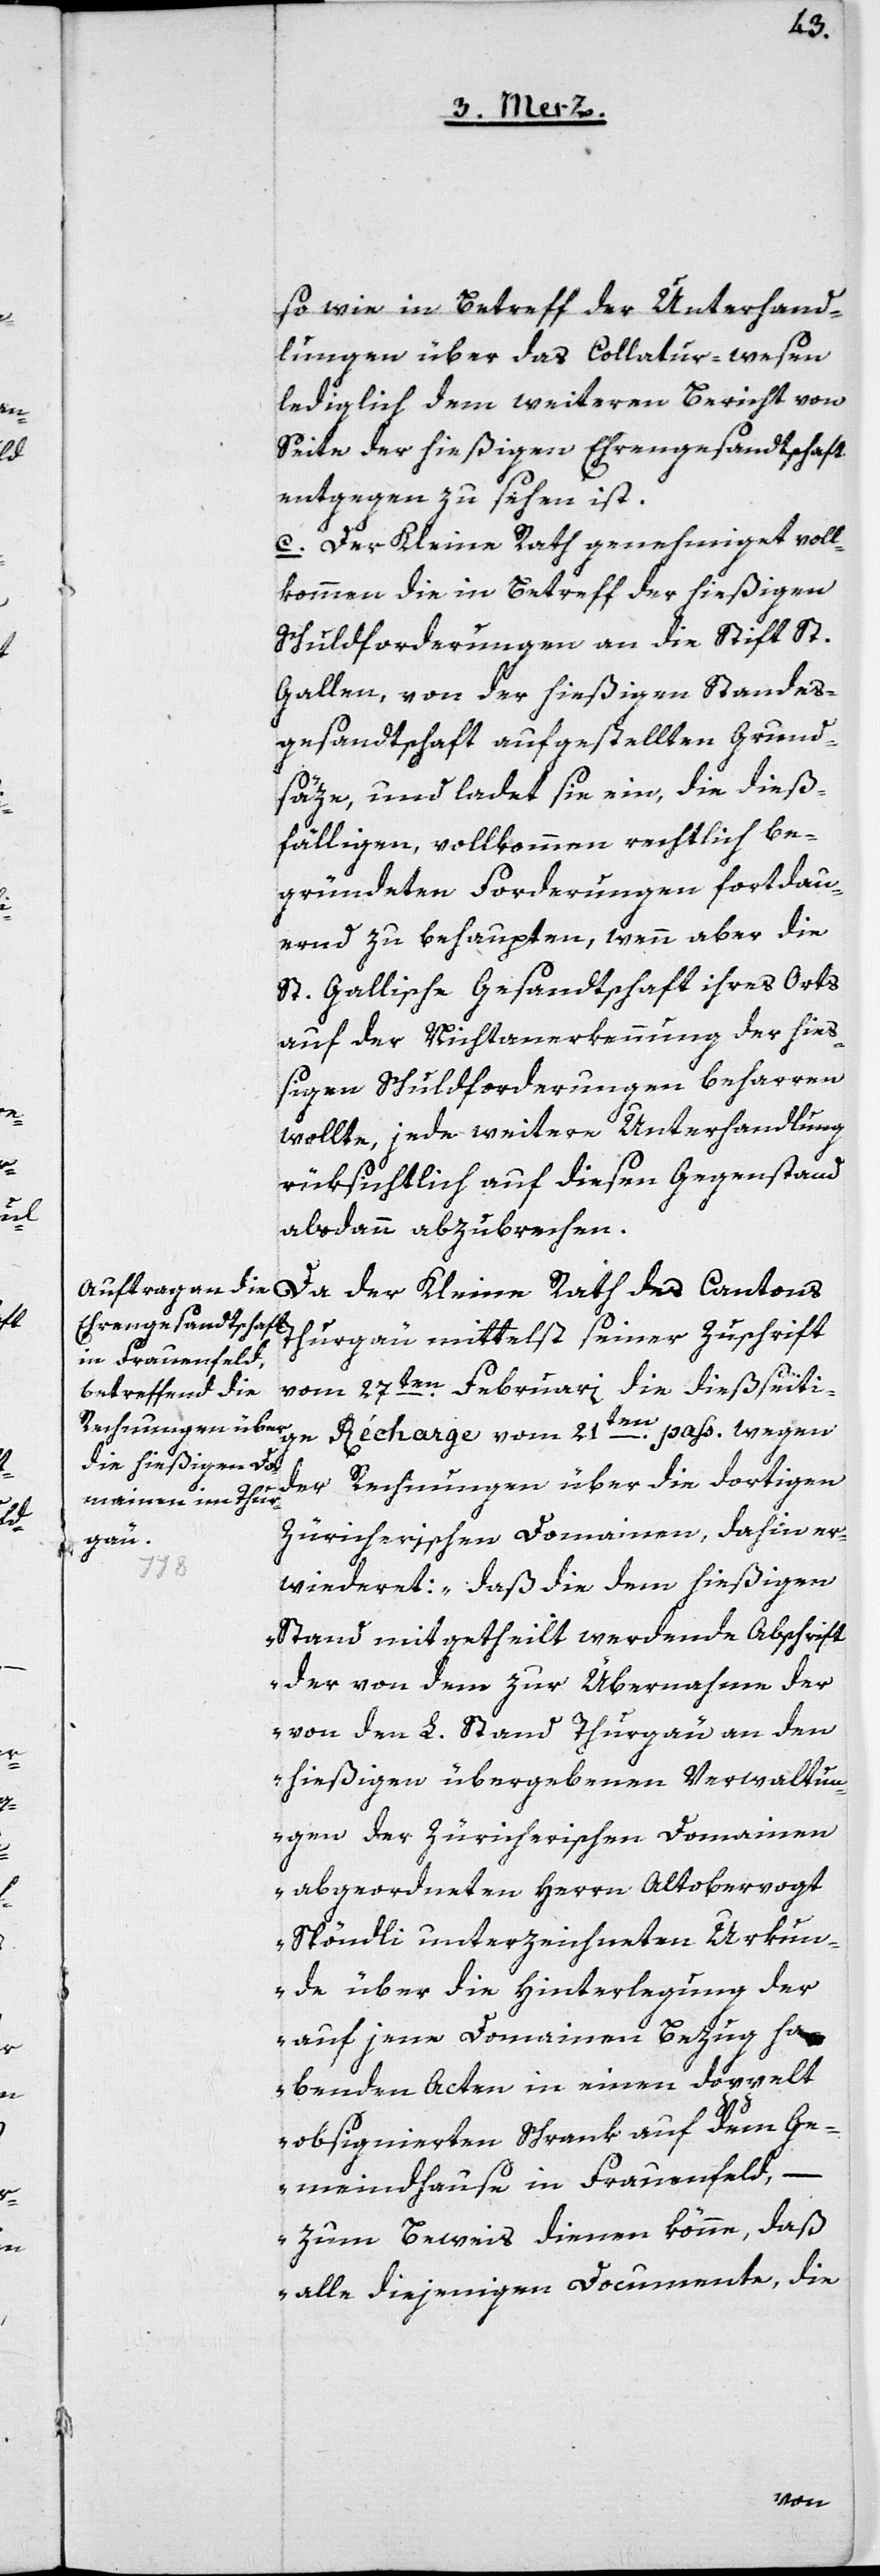
Rath

so wie in Betreff der Unterhand¬
lungen über das Collatur-wesen
lediglich dem weiteren Bericht von
Seite der hießigen Ehrengesandtschaft
entgegen zu sehen ist.
c. Der Kleine Rath genehmiget voll¬
kommen die in Betreff der hießigen
Schuldforderungen an die Stift St.
Gallen, von der hießigen Standes¬
gesandtschaft aufgestellten Grund¬
säze, und ladet sie ein, die dieß¬
fälligen, vollkommen rechtlich be¬
gründeten Forderungen fortdau¬
ernd zu behaupten, wenn aber die
St. Gallische Gesandtschaft ihres Orts
auf der Nichtanerkennung der hieß¬
igen Schuldforderungen beharren
wollte, jede weitere Unterhandlung
rüksichtlich auf diesen Gegenstand
alsdann abzubrechen.
Thurgau mittelst seiner Zuschrift
vom 27ten Februari, die dießseiti¬
ge Récharge vom 21ten pass. wegen
der Rechnungen über die dortigen
zürcherischen Domainen, dahin er¬
wiederet: „daß die dem hießigen
Stand mitgetheilt werdende Abschrift
der von dem zur Übernahme der
von den L. Stand Thurgau an den
hießigen übergebenen Verwaltun¬
gen der Zürcherischen Domainen
abgeordneten Herrn Altobervogt
Spöndli unterzeichneten Urkun¬
de über die Hinterlegung der
auf jene Domainen Bezug ha¬
benden Acten in einen doppelt
obsignierten Schrank auf dem Ge¬
meindhause in Frauenfeld, –
zum Beweis dienen könne, daß
alle diejenigen Documente, die
Cantons